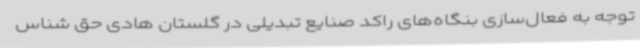
توجه به فعال‌سازی بنگاه‌های راکد صنایع تبدیلی در گلستان هادی حق شناس